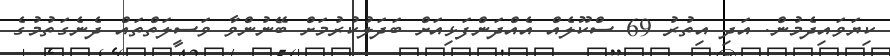
ކިޔަވައިދެމުން. އަދި އިތުރު 69 ސްކޫލެއް އެއްދަންފަޅިއަށް ބަދަލުކުރުމަށް ބޭނުންވާ ވަސީލަތްތައް ދެނެގަތުމުގެ